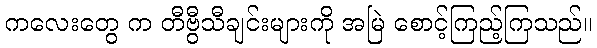
ကလေးတွေ က တီဗွီသီချင်းများကို အမြဲ စောင့်ကြည့်ကြသည်။